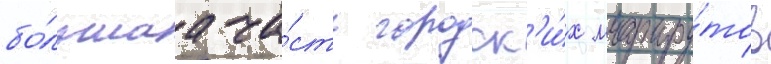
бо́льшаа ча́сть городск'и́х маршру́тов